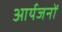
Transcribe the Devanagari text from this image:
आर्यजनों